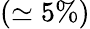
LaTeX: (\simeq 5\% )